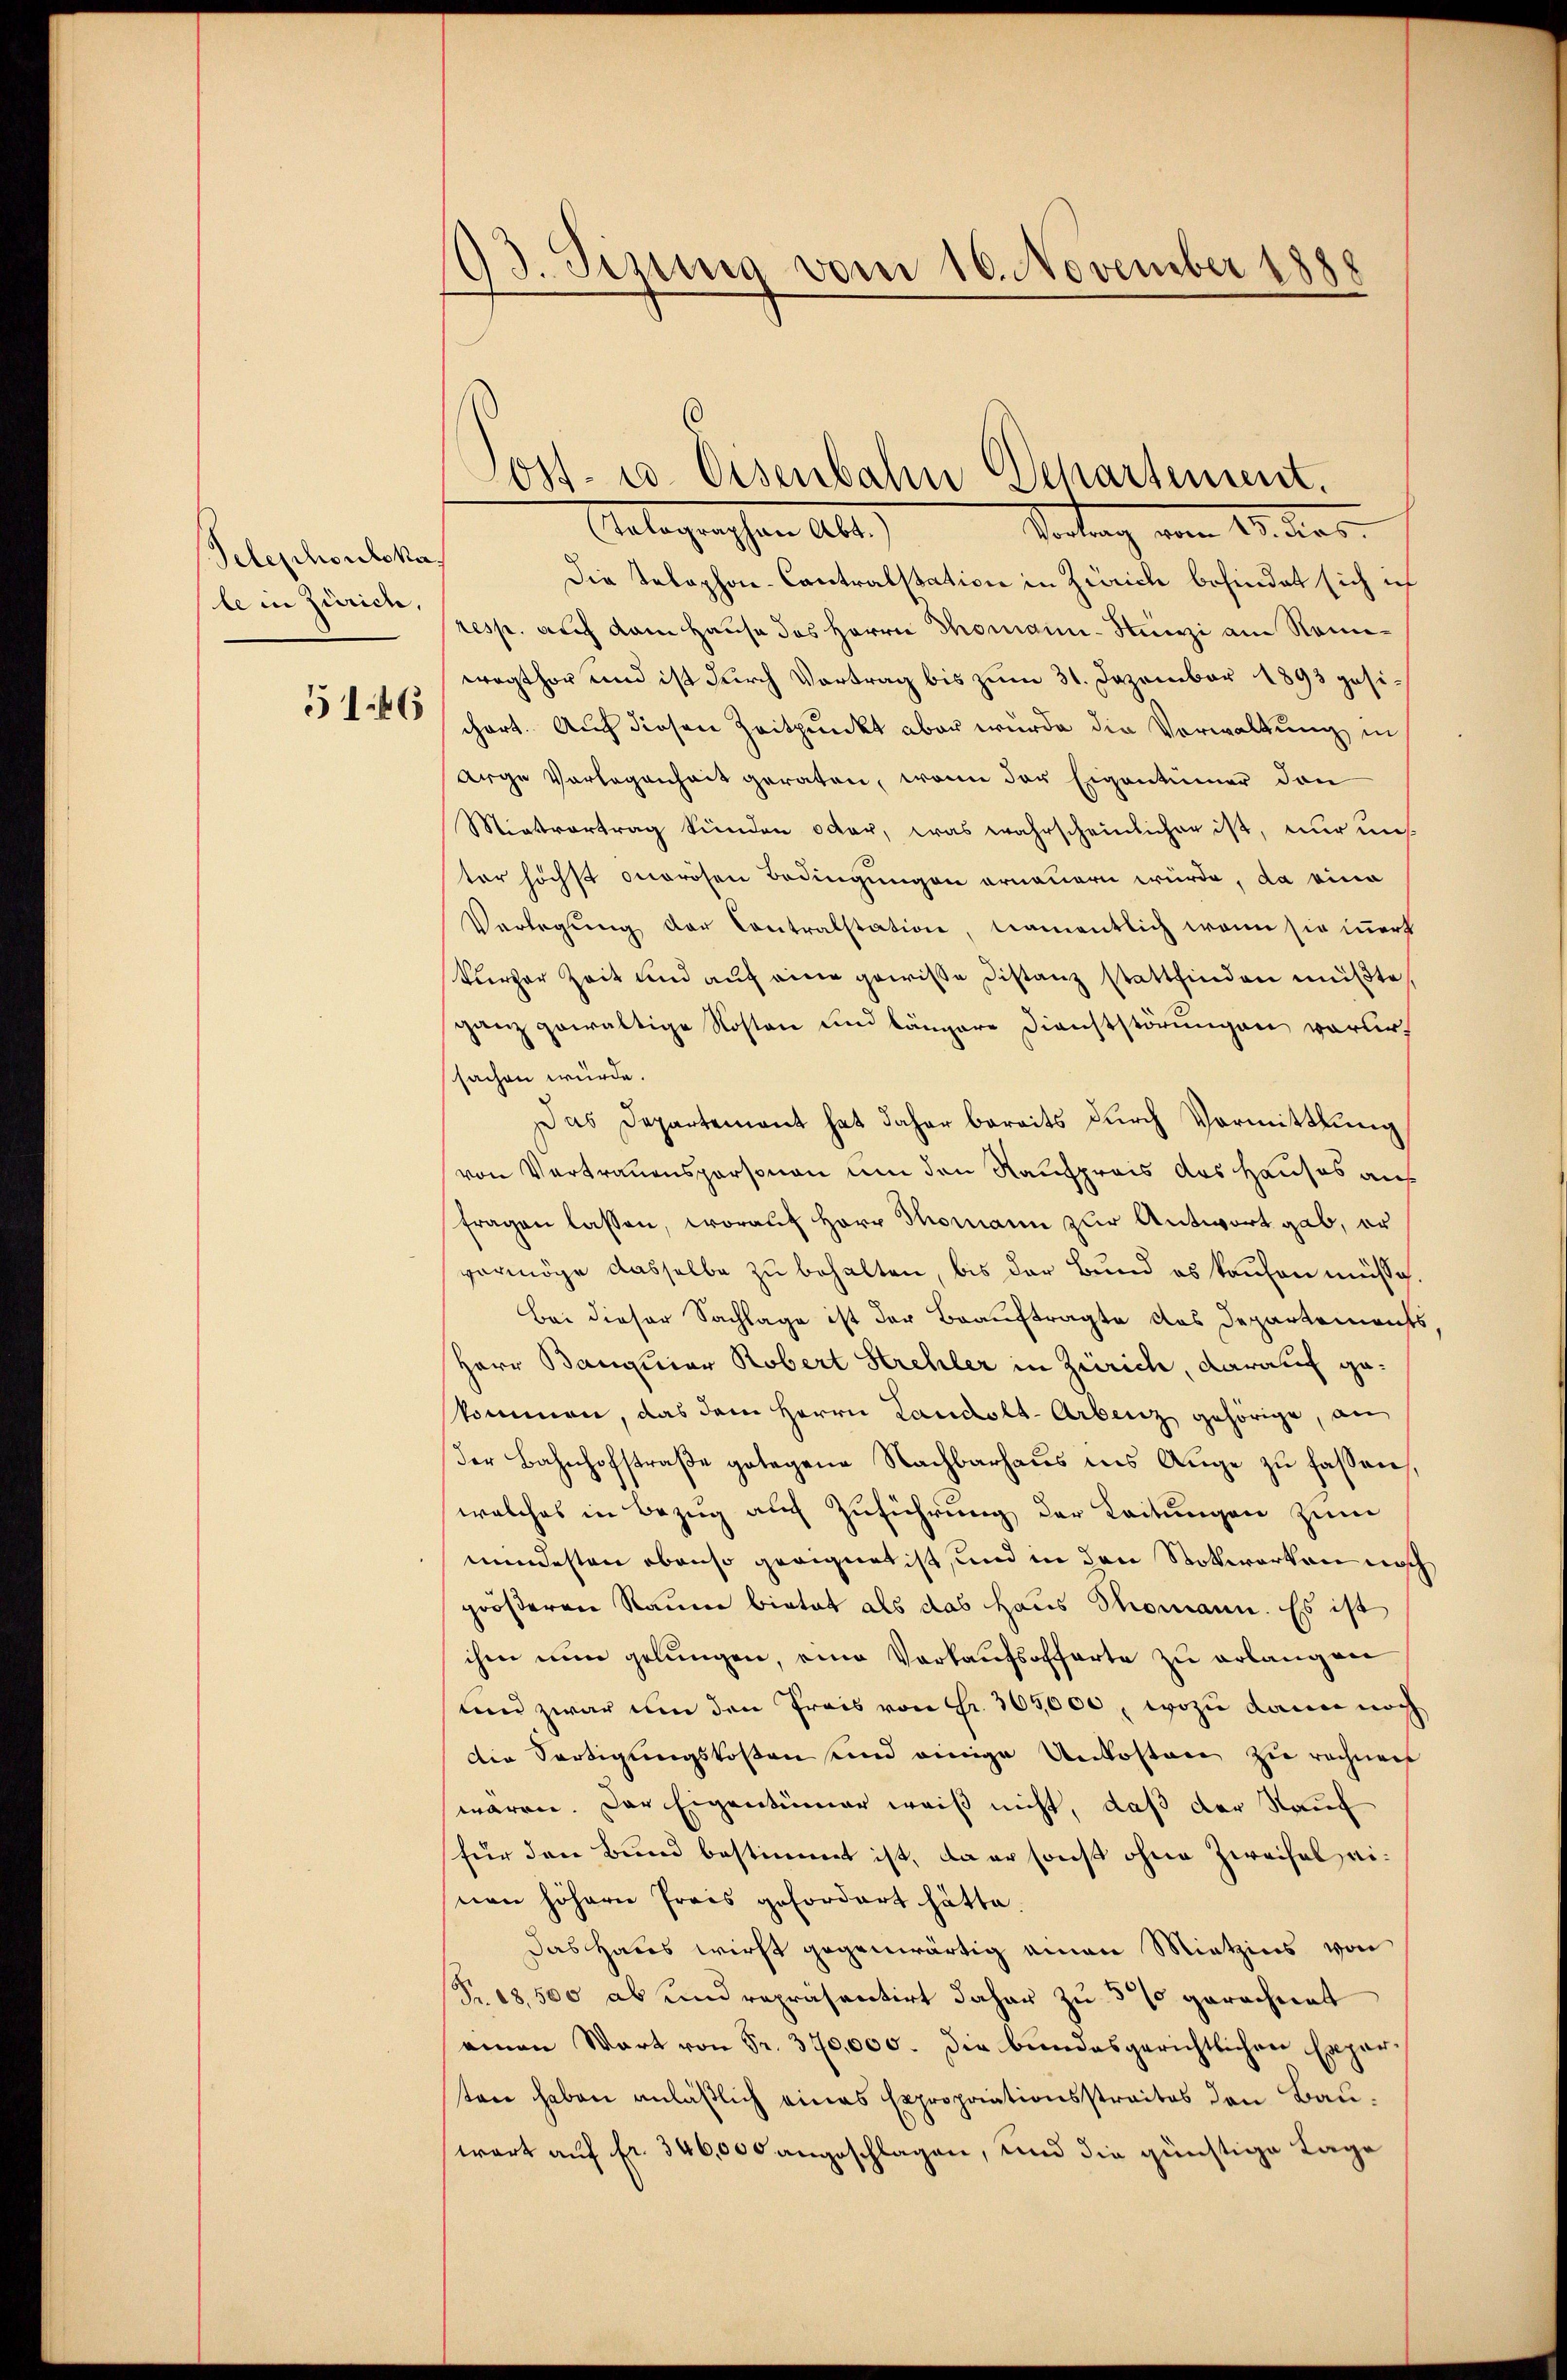
Telephonskas
le in Zürich,

51:46

13 Tining vom 16. November 1888

Elaborgenschen Ar
Portung vom 18. das
Die Telephon-Contralstation in Zürich befindet sich in
resp. auf dem Hause des Herrn Thomain-Hunzi am Nomiwagthor und ist durch Vortrag bis zum 31. Dezember 1893 pesichart. Auf diesen Zeitpunkt aber wurde die Verwaltung in
arge Vorlegenheit geraten, wenn der Eigentümer den
Mietvortrag kunden oder, was wahrscheinlicher ist, nur nich
ter höchst onerosen Bedingungen erneuern würde, da eine
Verlegung der Contralstation, namentlich wenn sie innert
kurzer Zeit und auf eine gewisse Distanz stattfinden müßte,
ganz gewaltige Kosten und längere Dienststörungen vorur
sachen würde.
Das Departement hat daher bereits durch Vormittlung
von Vertrauenspersonen um den Nauspreis des Hauses auf
fragen lassen, worauf Herr Thomann zur Antwort gab, er
vermöge dasselbe zu behalten, bis der Bund es kaufen müsse.
Bei dieser Sachlage ist der Beauftragte das Departements
Herr Banquior Robert Strehler in Zürich, darauf geskommen, das dem Herrn Landolt-Arbeiz gehörige, an
der Bahnhofstraβe gelegene Nachbarhaŭs ins Auge zu fassen
welches in Bezug auch Zuführung der Leitungen zum
mindesten ebenso geeignet ist, und in den Nokwerken noch
größeren Raume bietet als das Haus Thomann. Es ist
ihm nun gelungen, eine Verkaufsofferte zu erlang ver
und zwar um den Preis von Fr. 305,000, wozu dann noch
die Fertigungskosten und einige Unkosten zie rechnen
waren. Der Eigentümer weiß nicht, daß der Kauf
für den Bund bestimmt ist, da er sonst ohne Zweifel einon höhern Preis gefordert hätte.
das Haus wirst gegenwärtig einen Mietzins von
Fr. 18,500 ab und repräsentirt daher zu 5 % gerechnet
einen Wort von Fr. 370,000. die bundesgerichtlichen Experten haben anläßlich eines Expropriationsstraites den Bauwart auf fr. 346,000 angeschlagen, und die günstige Lage

ost- u. Osenbahn Departement.